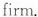
firm.